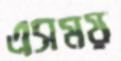
এসময়